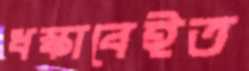
ধস্‌কাবেইত